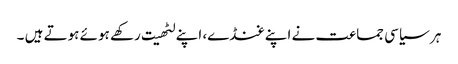
ہر سیاسی جماعت نے اپنے غنڈے، اپنے لٹھیت رکھے ہوئے ہوتے ہیں ۔